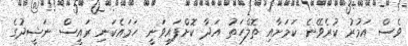
ވެސް އަމުރު ކުރެވޭނެ ކަމަށާއި ތޮލްހަތު އަދާ ކޮށްފައިވަނީ ހަމައެކަނި ރައީސް ނަޝީދުގެ